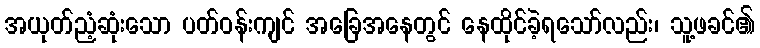
အယုတ်ညံ့ဆုံးသော ပတ်ဝန်းကျင် အခြေအနေတွင် နေထိုင်ခဲ့ရသော်လည်း၊ သူ့ဖခင်၏